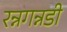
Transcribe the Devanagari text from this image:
रन्नगन्नडी